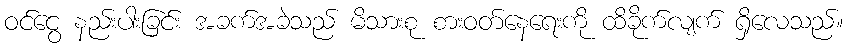
ဝင်ငွေ နည်းပါးခြင်း အခက်အခဲသည် မိသားစု စားဝတ်နေရေးကို ထိခိုက်လျက် ရှိလေသည်။